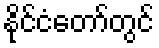
နိုင်ငံတော်တွင်